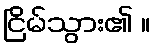
ငြိမ်သွား၏ ။